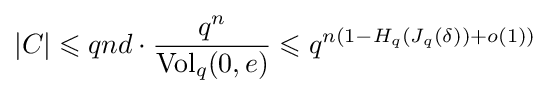
|C|\leqslant qnd\cdot {{q^{n}} \over {{\text{Vol}}_{q}(0,e)}}\leqslant q^{n(1-H_{q}(J_{q}(\delta ))+o(1))}